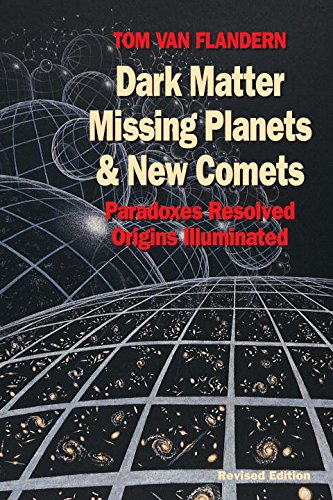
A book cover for Dark Matter, Missing Planets and New Comets: Paradoxes Resolved, Origins Illuminated; Tom Van Flandern; Science & Math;